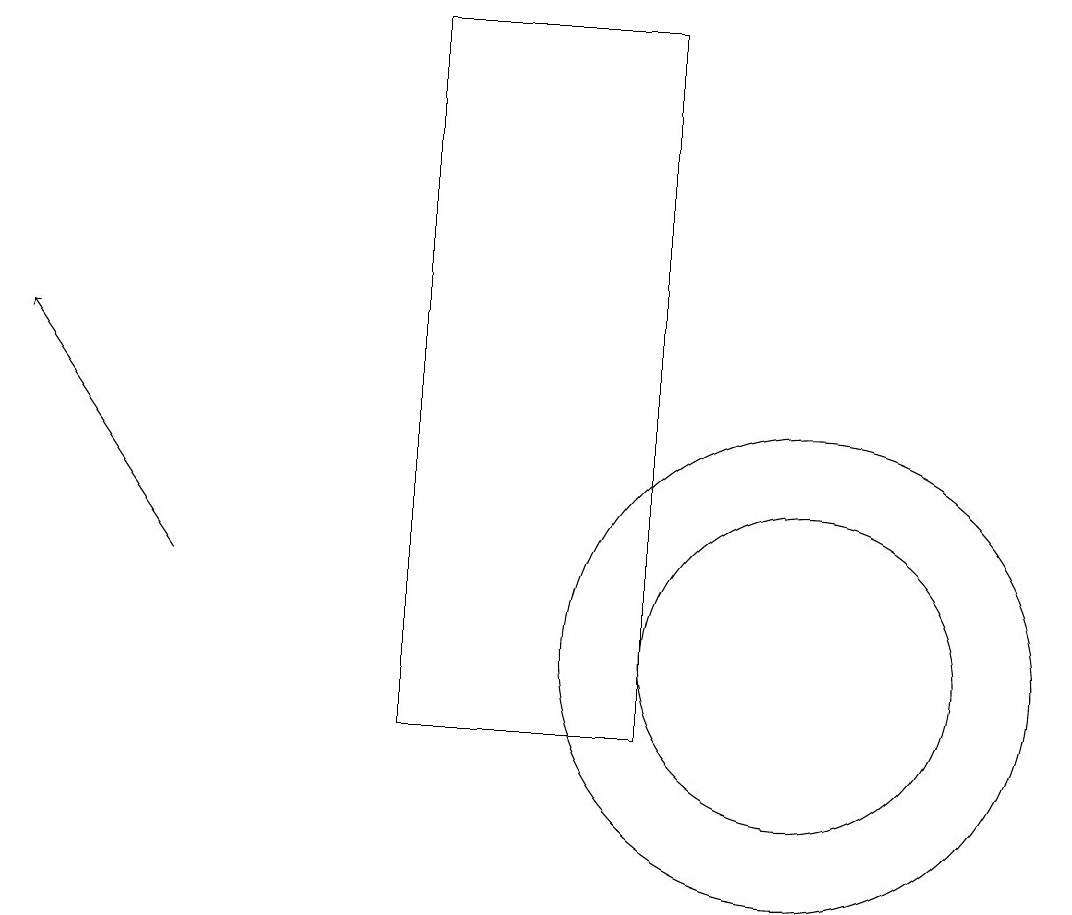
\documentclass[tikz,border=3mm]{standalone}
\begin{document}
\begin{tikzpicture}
\draw (11,11) circle (2);
\draw (6,19) rectangle (9,10);
\draw[->] (3,12) -- (1,15);
\draw (11,11) circle (3);
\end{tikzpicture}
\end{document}